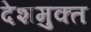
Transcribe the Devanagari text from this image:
देशमुक्त